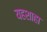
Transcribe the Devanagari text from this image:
यहशाहा